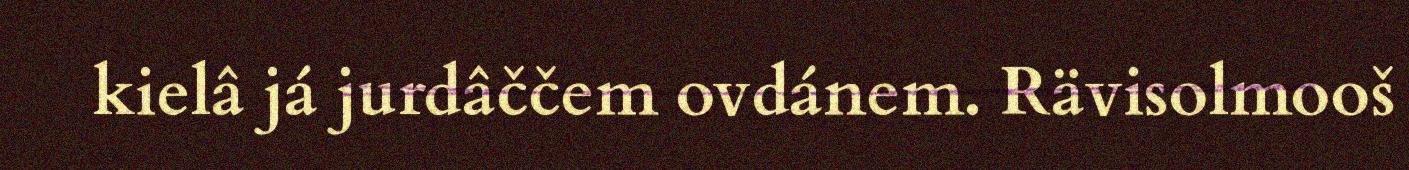
kielâ já jurdâččem ovdánem. Rävisolmooš